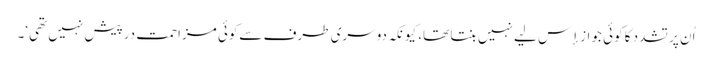
اُن پر تشدد کا کوئی جواز إِس لیے نہیں بنتا تھا، کیونکہ دوسری طرف سےکوئی مزاحمت درپیش نہیں تھی‘۔